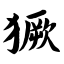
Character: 獗